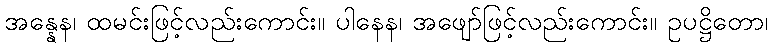
အန္နေန၊ ထမင်းဖြင့်လည်းကောင်း။ ပါနေန၊ အဖျော်ဖြင့်လည်းကောင်း။ ဥပဋ္ဌိတော၊